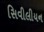
સિવીલીયન